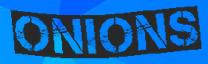
ONIONS